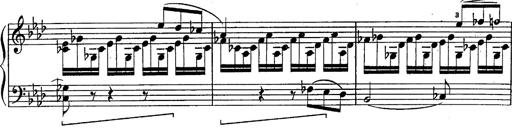
Title: Schubert's Impromptus [revised and edited by Franz Liszt]
Composer: Franz Liszt